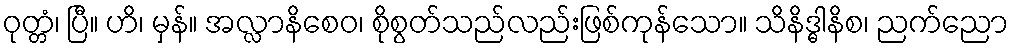
ဝုတ္တံ၊ ပြီ။ ဟိ၊ မှန်။ အလ္လာနိစေဝ၊ စိုစွတ်သည်လည်းဖြစ်ကုန်သော။ သိနိဒ္ဓါနိစ၊ ညက်ညော